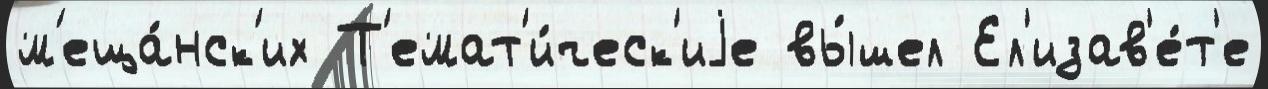
м'еща́нск'их Т'емат'и́ческ'иjе вы́шел Ел'изав'е́т'е